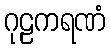
ဂုဠကရဏံ